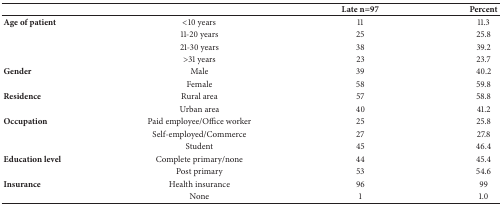
<table><thead><tr><td><b> </b></td><td><b> </b></td><td><b>Late n=97</b></td><td><b>Percent</b></td></tr></thead><tbody><tr><td><b>Age of patient</b></td><td>&lt;10 years</td><td>11</td><td>11.3</td></tr><tr><td> </td><td>11-20 years</td><td>25</td><td>25.8</td></tr><tr><td> </td><td>21-30 years</td><td>38</td><td>39.2</td></tr><tr><td> </td><td>&gt;31 years</td><td>23</td><td>23.7</td></tr><tr><td><b>Gender</b></td><td>Male</td><td>39</td><td>40.2</td></tr><tr><td> </td><td>Female</td><td>58</td><td>59.8</td></tr><tr><td><b>Residence</b></td><td>Rural area</td><td>57</td><td>58.8</td></tr><tr><td> </td><td>Urban area</td><td>40</td><td>41.2</td></tr><tr><td><b>Occupation </b></td><td>Paid employee/Office worker</td><td>25</td><td>25.8</td></tr><tr><td> </td><td>Self-employed/Commerce</td><td>27</td><td>27.8</td></tr><tr><td> </td><td>Student</td><td>45</td><td>46.4</td></tr><tr><td><b>Education level </b></td><td>Complete primary/none</td><td>44</td><td>45.4</td></tr><tr><td> </td><td>Post primary</td><td>53</td><td>54.6</td></tr><tr><td><b>Insurance </b></td><td>Health insurance</td><td>96</td><td>99</td></tr><tr><td> </td><td>None</td><td>1</td><td>1.0</td></tr></tbody></table>